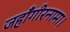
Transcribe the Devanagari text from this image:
जहाँगीरनामा।